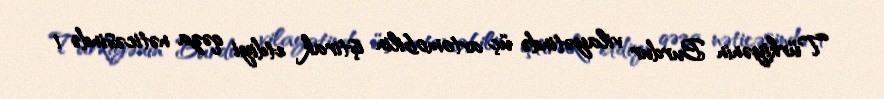
Türkiyənin Burdur vilayətində üç avtomobilin iştirak etdiyi qəza nəticəsində 1